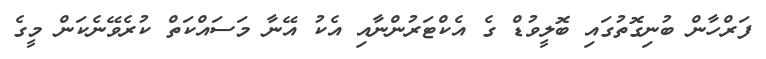
ފަރްހާން ބުނިގޮތުގައި ބޮލީވުޑް ގެ އެކްޓަރުންނާއި އެކު އޭނާ މަސައްކަތް ކުރެވޭނެކަން މީގެ